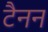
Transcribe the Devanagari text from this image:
टैनन